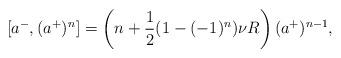
LaTeX: \begin{align*}[a^-,(a^+)^n]=\left(n+\frac{1}{2}(1-(-1)^n)\nu R\right)(a^+)^{n-1},\end{align*}